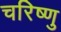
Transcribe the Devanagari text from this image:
चरिष्णु